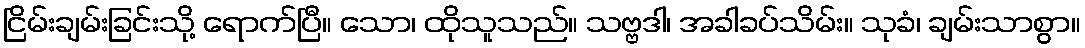
ငြိမ်းချမ်းခြင်းသို့ ရောက်ပြီ။ သော၊ ထိုသူသည်။ သဗ္ဗဒါ၊ အခါခပ်သိမ်း။ သုခံ၊ ချမ်းသာစွာ။